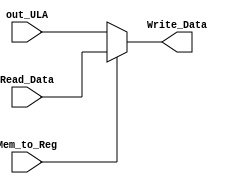
module Mux_Mem_to_Reg (out_ULA, Read_Data, Mem_to_Reg, Write_Data);

input [31:0] out_ULA;
input [31:0] Read_Data;
input Mem_to_Reg;
output reg [31:0] Write_Data;

always @(*) begin
	if(Mem_to_Reg)
		begin
			Write_Data = Read_Data;
		end
	else
		begin
			Write_Data = out_ULA;
		end
end

endmodule